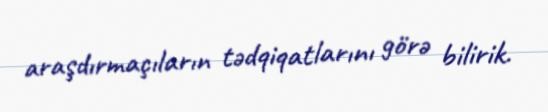
araşdırmaçıların tədqiqatlarını görə bilirik.